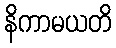
နိကာမယတိ